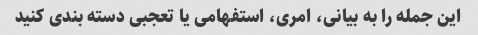
این جمله را به بیانی، امری، استفهامی یا تعجبی دسته بندی کنید